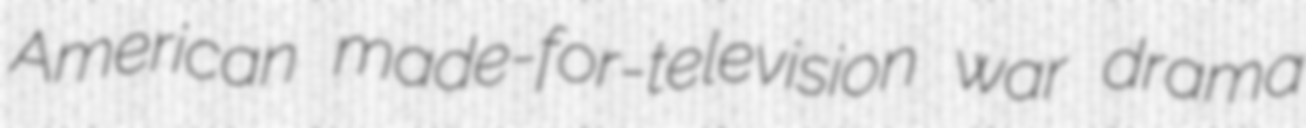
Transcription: American made-for-television war drama